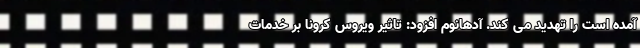
آمده است را تهدید می کند. آدهانوم افزود: تاثیر ویروس کرونا بر خدمات